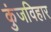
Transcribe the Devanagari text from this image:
कुंजविहार